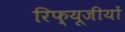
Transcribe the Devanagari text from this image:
रिफ़्यूजीयों